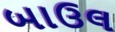
બાઉલ